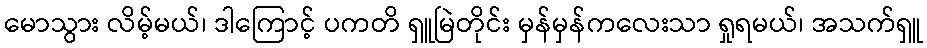
မောသွား လိမ့်မယ်၊ ဒါကြောင့် ပကတိ ရှူမြဲတိုင်း မှန်မှန်ကလေးသာ ရှုရမယ်၊ အသက်ရှူ